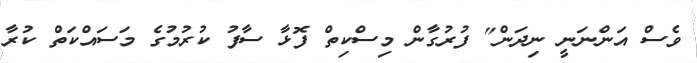
ވެސް އަންނަނީ ނިދަން" ފުރުގާން މިސްކިތް ފޮޅާ ސާފު ކުރުމުގެ މަސައްކަތް ކުރާ